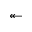
\twoheadleftarrow